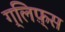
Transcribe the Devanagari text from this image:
ग्लिफ़्स